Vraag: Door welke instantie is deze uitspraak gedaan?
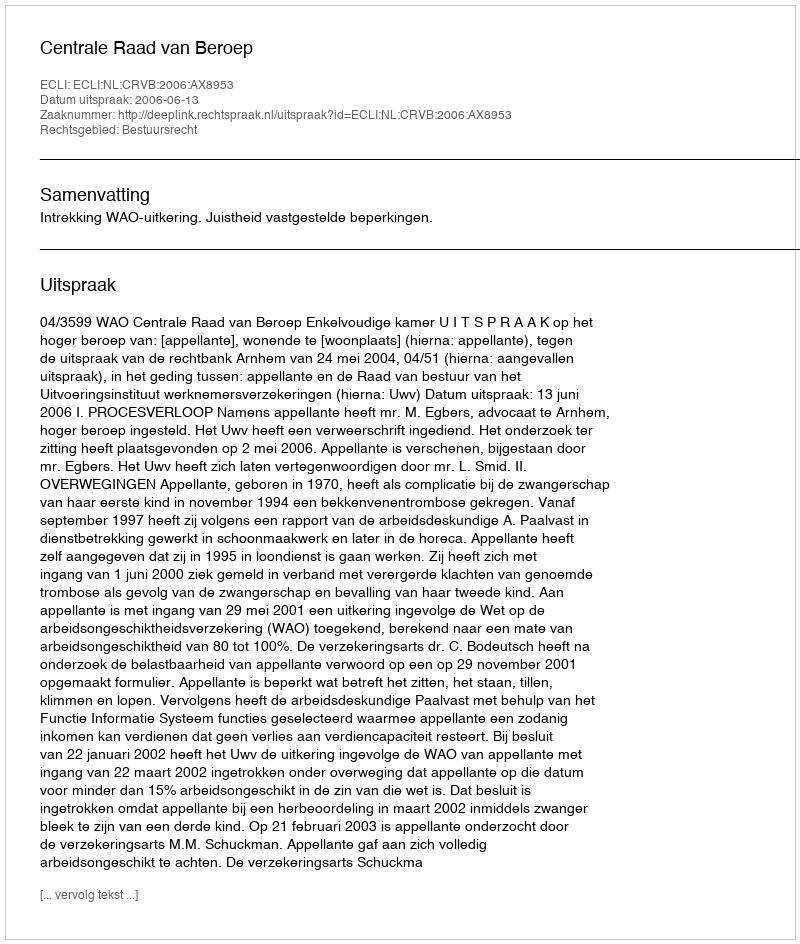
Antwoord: Centrale Raad van Beroep